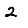
Digit: 2